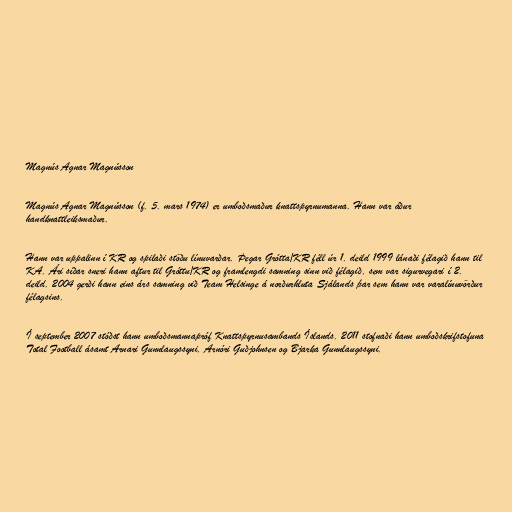
Magnús Agnar Magnússon

Magnús Agnar Magnússon (f. 5. mars 1974) er umboðsmaður knattspyrnumanna. Hann var áður
handknattleiksmaður.

Hann var uppalinn í KR og spilaði stöðu línuvarðar. Þegar Grótta/KR féll úr 1. deild 1999 lánaði félagið hann til
KA. Ári síðar sneri hann aftur til Gróttu/KR og framlengdi samning sinn við félagið, sem var sigurvegari í 2.
deild. 2004 gerði hann eins árs samning við Team Helsinge á norðurhluta Sjálands þar sem hann var varalínuvörður
félagsins.

Í september 2007 stóðst hann umboðsmannapróf Knattspyrnusambands Íslands. 2011 stofnaði hann umboðskrifstofuna
Total Football ásamt Arnari Gunnlaugssyni, Arnóri Guðjohnsen og Bjarka Gunnlaugssyni.